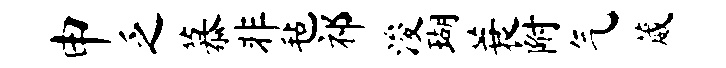
申乏慕非毡祁浚瑚蓑附气葳